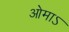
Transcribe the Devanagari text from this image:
ओमाऽ